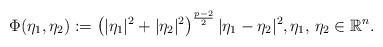
LaTeX: \begin{align*}\Phi(\eta_1, \eta_2) : = \left(|\eta_1|^2 + |\eta_2|^2 \right)^{\frac{p-2}{2}}|\eta_1 - \eta_2|^2, \eta_1, \, \eta_2 \in \mathbb{R}^n.\end{align*}